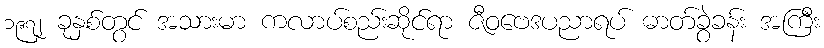
၁၉၇၂ ခုနှစ်တွင် အသားမာ ကလာပ်စည်းဆိုင်ရာ ဇီဝဗေဒပညာရပ် ဓာတ်ခွဲခန်း အကြီး